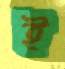
ই